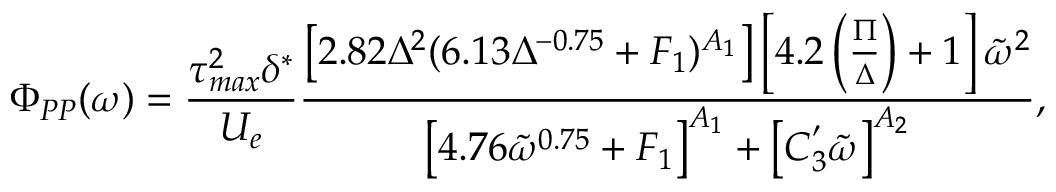
\Phi _ { P P } ( \omega ) = \frac { \tau _ { m a x } ^ { 2 } \delta ^ { * } } { U _ { e } } \frac { \left[ 2 . 8 2 \Delta ^ { 2 } ( 6 . 1 3 \Delta ^ { - 0 . 7 5 } + F _ { 1 } ) ^ { A _ { 1 } } \right] \left[ 4 . 2 \left( \frac { \Pi } { \Delta } \right) + 1 \right] \tilde { \omega } ^ { 2 } } { \left[ 4 . 7 6 \tilde { \omega } ^ { 0 . 7 5 } + F _ { 1 } \right] ^ { A _ { 1 } } + \left[ C _ { 3 } ^ { ' } \tilde { \omega } \right] ^ { A _ { 2 } } } ,